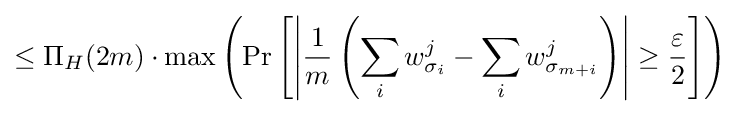
\leq \Pi _{H}(2m)\cdot \max \left(\Pr \left[\left|{\frac {1}{m}}\left(\sum _{i}w_{\sigma _{i}}^{j}-\sum _{i}w_{\sigma _{m+i}}^{j}\right)\right|\geq {\frac {\varepsilon }{2}}\right]\right)